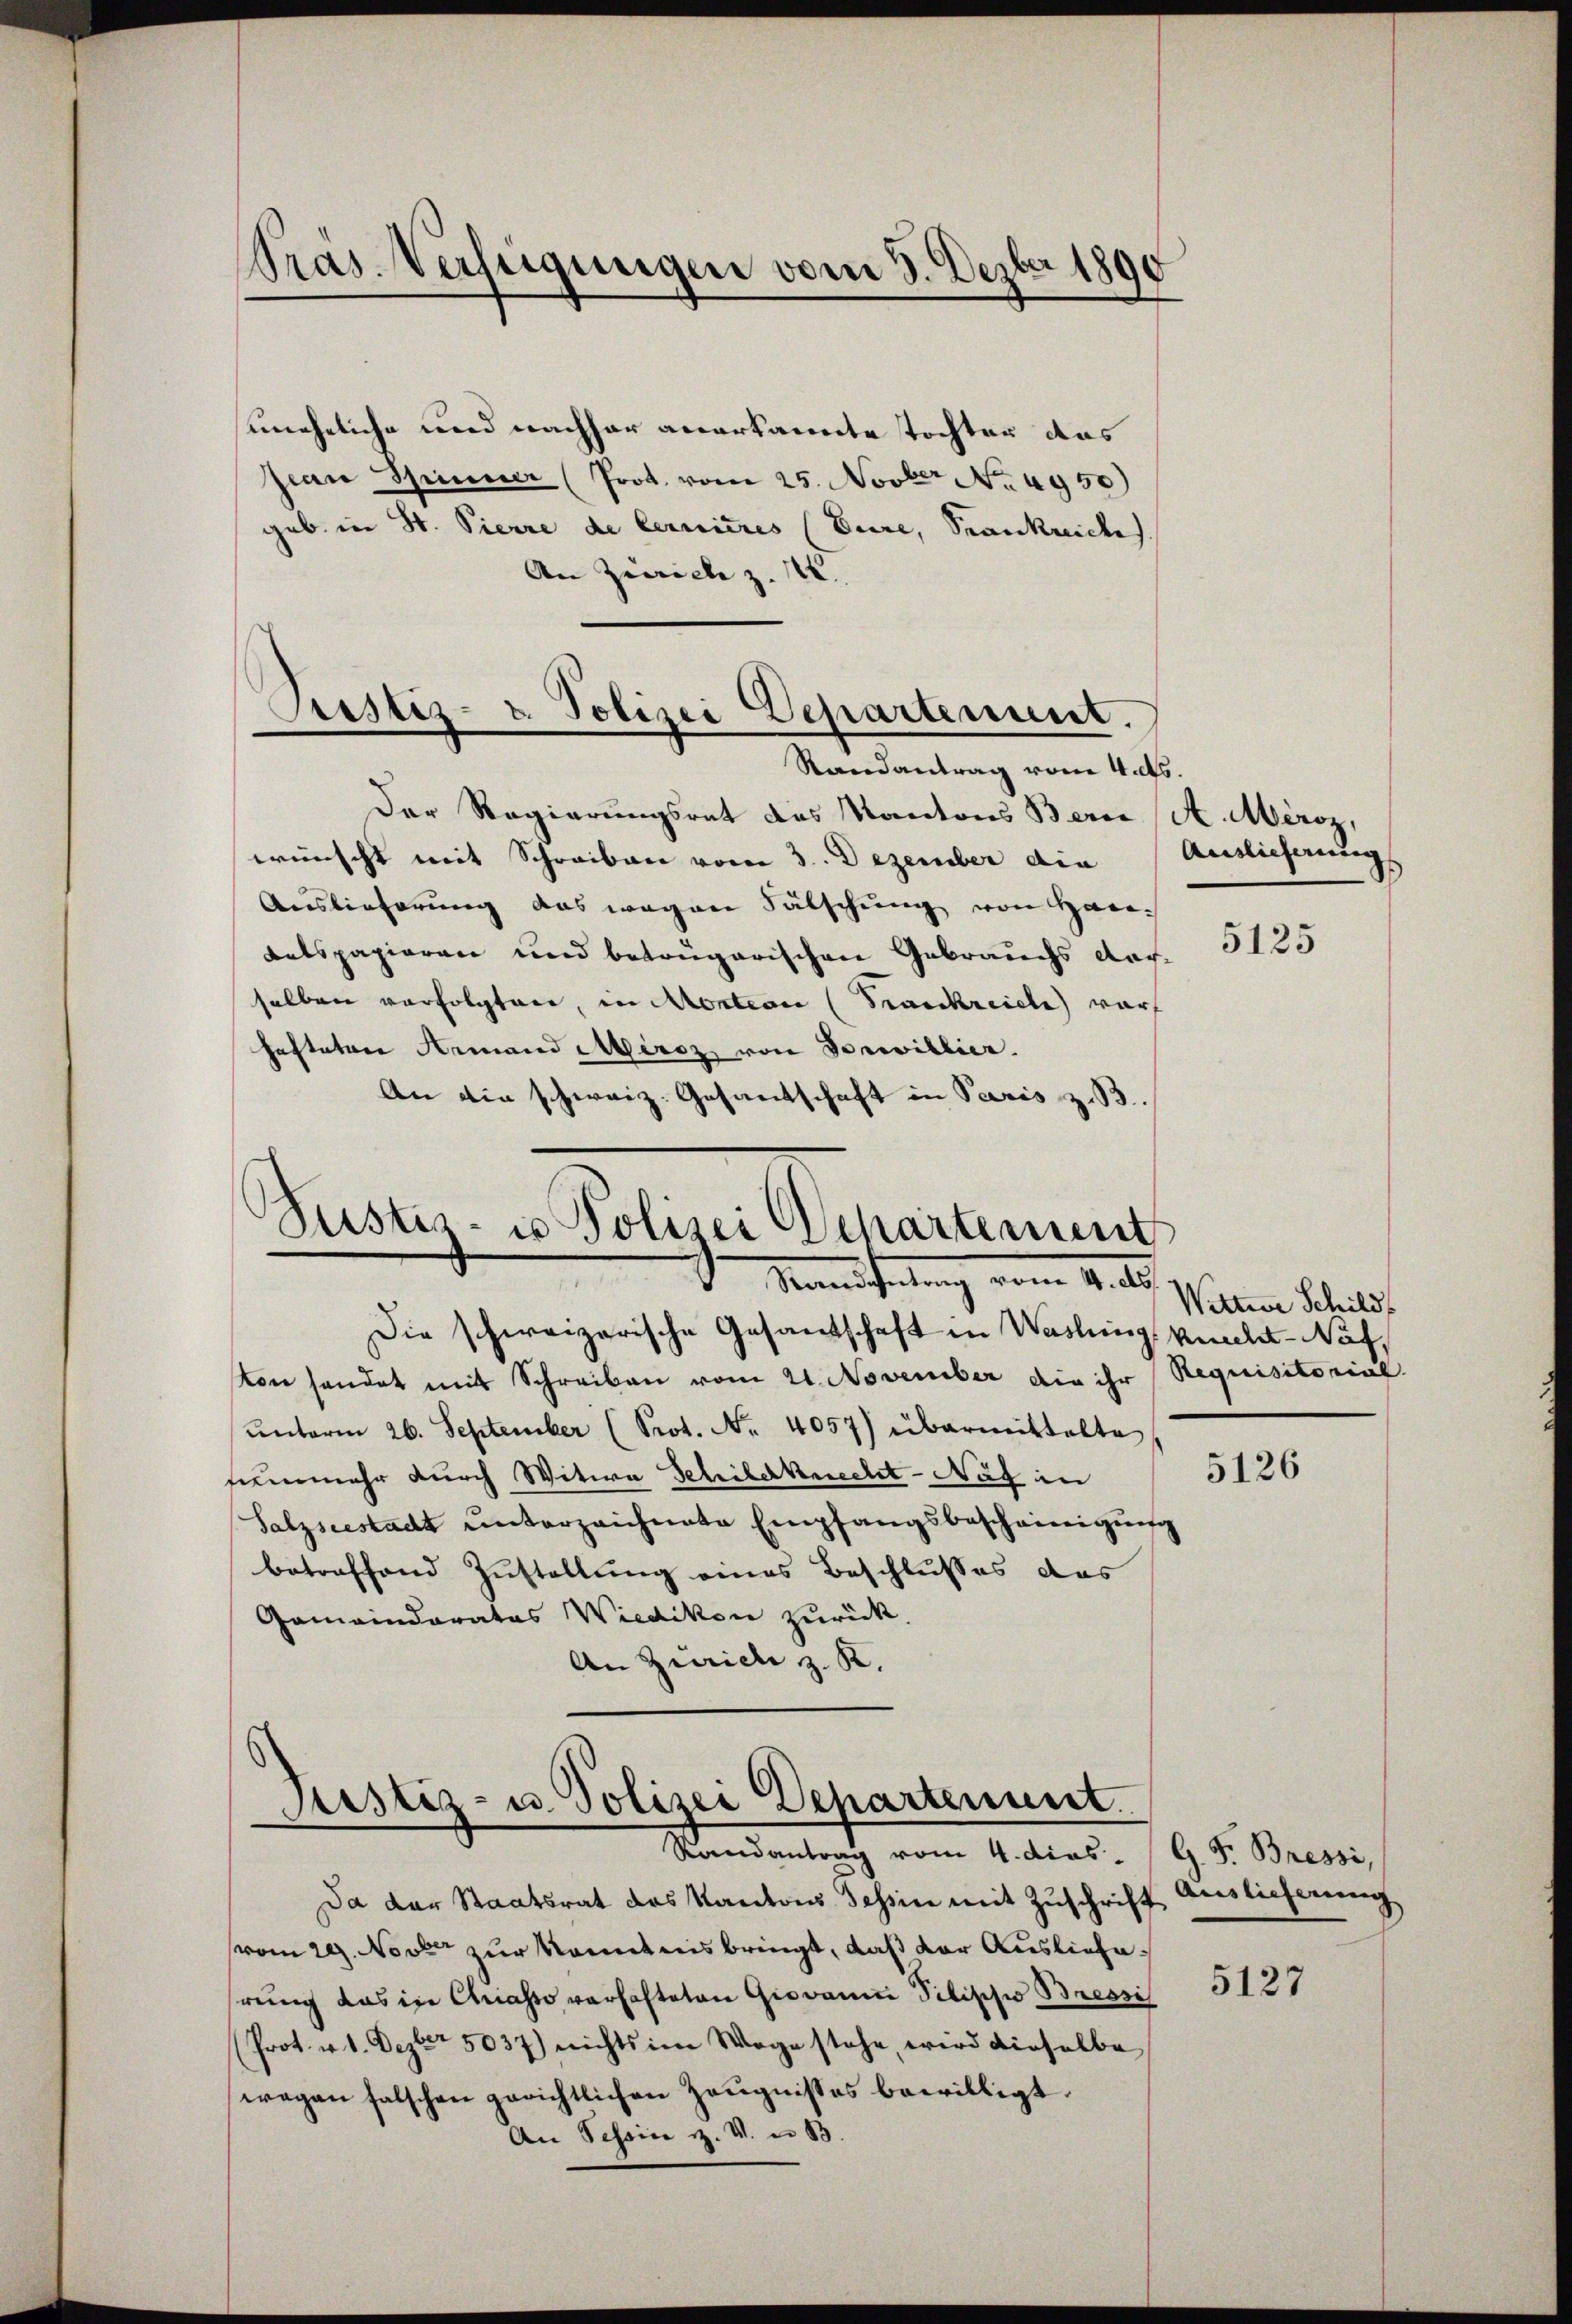
Präs. Verfügungen vom 3. Dezber 1890

Die schweizerische Gesantschaft in Washing knaclet-Näf,
von sendet mit Schreiben vom 21. November die ihr Requisitorial
ŭnterm 26. September (Prot. No. 4057) übermittelte
senmehr durch Witwe Schilerknecht - Nag in
Salzseestadt unterzeichnete Empfangsbescheinigung
betreffend Zustellung eines Beschlusses das
Gemeinderates Wiedikon zurück.
An Zürich z. K.
Justiz- u. Polizei Departenunt
Randantrag vom 4. dies. G. P. Bressi,

uneheliche und nachher anerkannte Tochter das
Jean Spinner (Prot. vom 25. Novber No. 4950)
geb. in St. Pierre de Cernieres (Eure, Franknickes.
An Zürich z. 122.
Justiz- u Polizei Departement.

Randantrag vom 4. ds.
Der Regierungsrat des Kantons Bern A. Méroz,
wünscht mit Schreiben vom 3. Dezember die Auslieferungs
Auslieferung das wegen Fälschung von Ha
Ratspapieren und betrugarischen Gebrauchs verselben verfolgten, in Montion (Trankreiche war
hestaten Armand Merz von Vorwillier.
An die schweiz. Gesandschaft in Paris z. B.

Justiz- u Polizei Departement
Mamtheilung vom 4. d.

Da der Staatsrat das Kantons Tessin mit Zuschrift
vom 29. Novbr zur Kenntnis bringt, daß der Ausliefehrung das in Chiasso verhafteten Giovan Tilische Bressi
Prot. v. 1. Dezbr. 5037) nichts im Wege stehe, wird dieselbe
wegen falschen gerichtlichen Zeugnisses bewilligt.
An Schein z. V. u. B.

5125

Wittwe Schild

5126

Auslieferung

5127